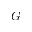
G